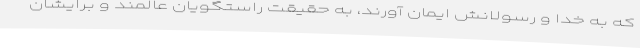
که به خدا و رسولانش ایمان آورند، به حقیقت راستگویان عالمند و برایشان